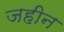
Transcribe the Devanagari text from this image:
जहीन